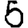
Digit: 5